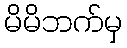
မိမိဘက်မှ